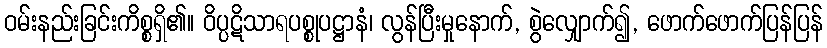
ဝမ်းနည်းခြင်းကိစ္စရှိ၏။ ဝိပ္ပဋိသာရပစ္စုပဋ္ဌာနံ၊ လွန်ပြီးမှုနောက်, စွဲလျှောက်၍, ဖောက်ဖောက်ပြန်ပြန်